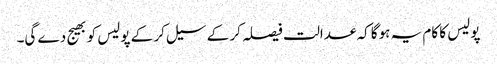
پولیس کا کام یہ ہوگا کہ عدالت فیصلہ کر کے سیل کر کے پولیس کو بھیج دے گی۔